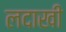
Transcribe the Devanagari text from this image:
लदाखी